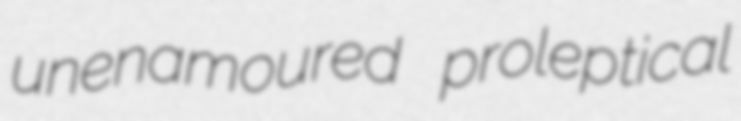
unenamoured proleptical